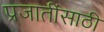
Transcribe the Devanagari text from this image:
प्रजातींसाठी